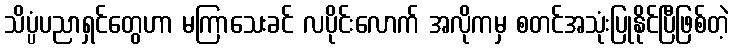
သိပ္ပံပညာရှင်တွေဟာ မကြာသေးခင် လပိုင်းလောက် အလိုကမှ စတင်အသုံးပြုနိုင်ပြီဖြစ်တဲ့